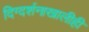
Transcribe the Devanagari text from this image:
दिग्दर्शनाखालीही